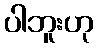
ပါဘူးဟု